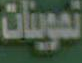
تموينات